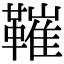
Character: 𩌩